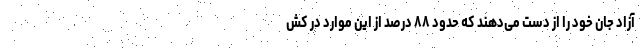
آزاد جان خود را از دست می‌دهند که حدود ۸۸ درصد از این موارد در کش